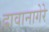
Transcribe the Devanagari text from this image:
दावानागेरे